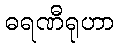
ဓရဏီရုဟာ